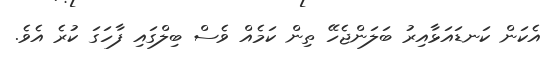
އެކަން ކަނޑައަޅާއިރު ބަލަންޖެހޭ ތިން ކަމެއް ވެސް ބިލްގައި ފާހަގަ ކުރެ އެވެ.